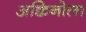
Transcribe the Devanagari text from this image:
अक्विनोला